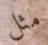
مثل